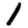
Digit: 1